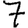
Digit: 7